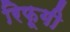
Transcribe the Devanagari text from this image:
रिफूगी